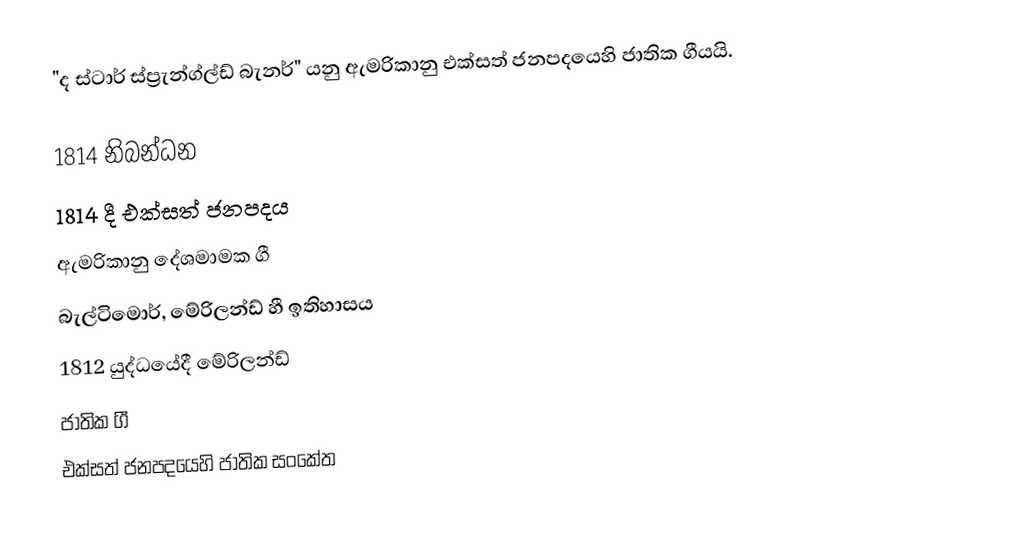
"ද ස්ටාර් ස්ප්‍රැන්ග්ල්ඩ් බැනර්" යනු ඇමරිකානු එක්සත් ජනපදයෙහි ජාතික ගීයයි.

1814 නිබන්ධන
1814 දී එක්සත් ජනපදය
ඇමරිකානු දේශමාමක ගී
බැල්ටිමොර්, මේරිලන්ඩ් හී ඉතිහාසය
1812 යුද්ධයේදී මේරිලන්ඩ්
ජාතික ගී
එක්සත් ජනපදයෙහි ජාතික සංකේත